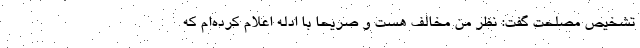
تشخیص مصلحت گفت: نظر من مخالف هست و صریحا با ادله اعلام کرده‌ام که